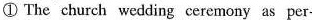
① The church wedding ceremony as per-